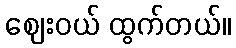
ဈေးဝယ် ထွက်တယ်။